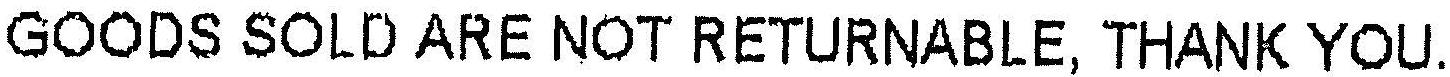
GOODS SOLD ARE NOT RETURNABLE, THANK YOU.